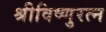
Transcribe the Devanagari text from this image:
श्रीविष्णुरत्न